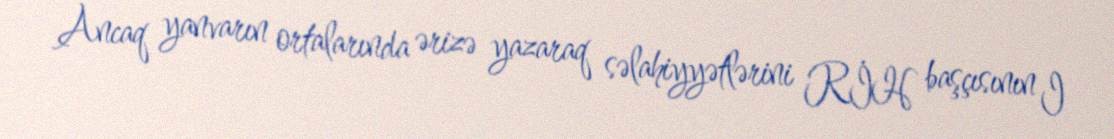
Ancaq yanvarın ortalarında ərizə yazaraq səlahiyyətlərini RİH başçısının I